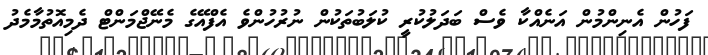
ފަހުން އެނިންމުން އަނެެއްކާ ވެސް ބަދަލުކުރީ ކުލަބުތަކުން ނުރުހުންވެ އެފްއޭގެ މެނޭޖްމަންޓް ދެމިއޮތުމާމެދު